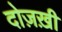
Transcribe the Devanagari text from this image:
दोज़ख़ी